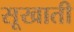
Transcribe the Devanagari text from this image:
सूखाती